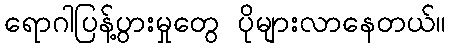
ရောဂါပြန့်ပွားမှုတွေ ပိုများလာနေတယ်။